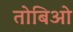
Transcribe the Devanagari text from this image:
तोबिओ